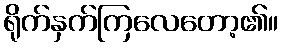
ရိုက်နှက်ကြလေတော့၏။